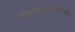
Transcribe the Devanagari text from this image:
गणिकाभिसारिका